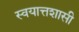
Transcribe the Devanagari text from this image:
स्वयात्तशासी